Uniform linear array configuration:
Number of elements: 12
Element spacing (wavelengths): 0.25
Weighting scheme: hann
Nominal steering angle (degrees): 60
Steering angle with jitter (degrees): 61.422
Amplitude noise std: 0.05
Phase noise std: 0.05

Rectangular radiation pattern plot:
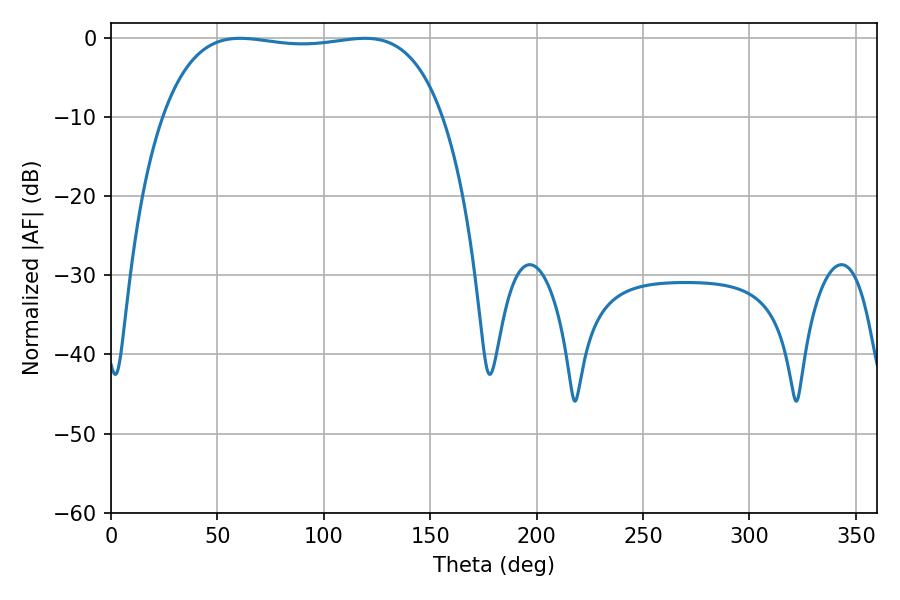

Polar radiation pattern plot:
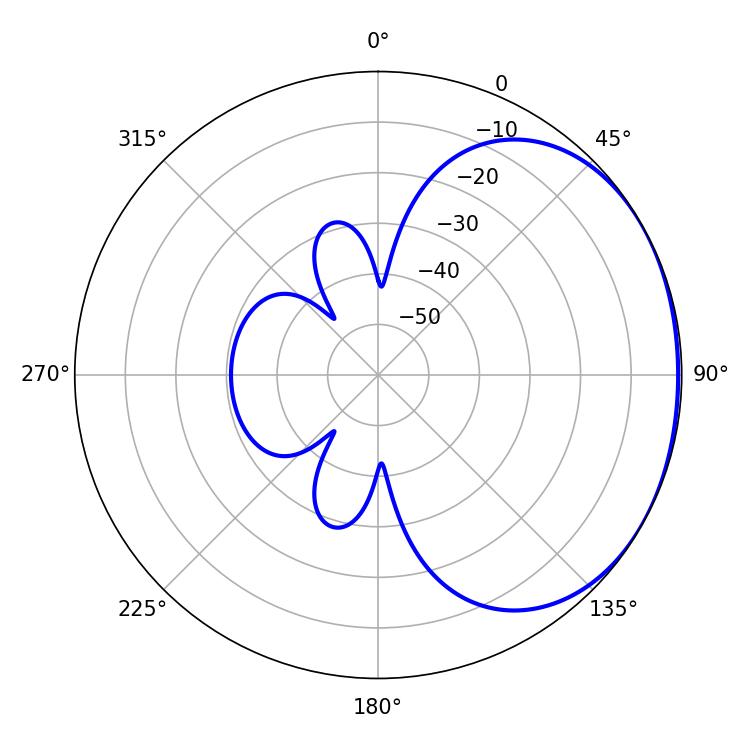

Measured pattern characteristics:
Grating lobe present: FALSE
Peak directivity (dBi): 1.292
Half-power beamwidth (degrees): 104.76
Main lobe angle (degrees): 60.66